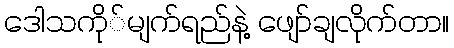
ဒေါသကို်မျက်ရည်နဲ့ ဖျော်ချလိုက်တာ။